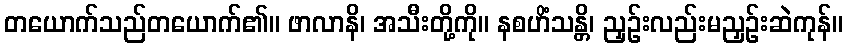
တယောက်သည်တယောက်၏။ ဖာလာနိ၊ အသီးတို့ကို။ နစဟိံသန္တိ၊ ညှဉ်းလည်းမညှဉ်းဆဲကုန်။